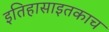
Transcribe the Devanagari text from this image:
इतिहासाइतकाच